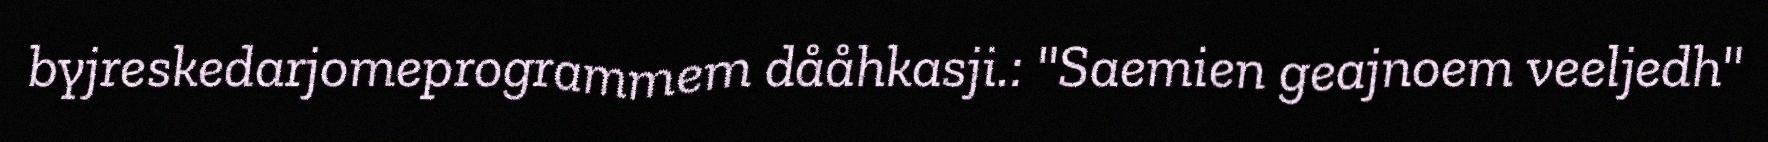
byjreskedarjomeprogrammem dååhkasji.: "Saemien geajnoem veeljedh"